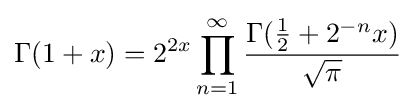
\Gamma (1+x)=2^{2x}\prod _{n=1}^{\infty }{\frac {\Gamma ({\frac {1}{2}}+2^{-n}x)}{\sqrt {\pi }}}